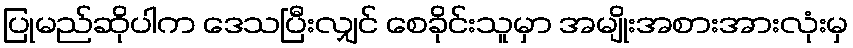
ပြုမည်ဆိုပါက ဒေသပြီးလျှင် စေခိုင်းသူမှာ အမျိုးအစားအားလုံးမှ